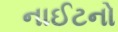
નાઈટનો